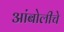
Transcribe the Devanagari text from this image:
आंबोलीचे